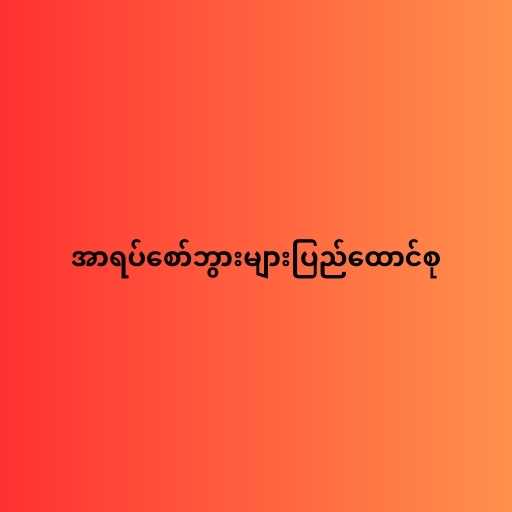
အာရပ်စော်ဘွားများပြည်ထောင်စု